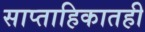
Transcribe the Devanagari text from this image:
साप्ताहिकातही